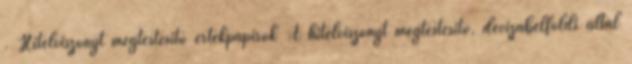
. Hitelviszonyt megtestesítő értékpapírok A hitelviszonyt megtestesítő, devizabelföldi által